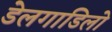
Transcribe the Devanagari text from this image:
डेलगाडिलो